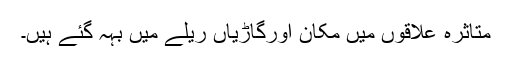
متاثرہ علاقوں میں مکان اورگاڑیاں ریلے میں بہہ گئے ہیں۔